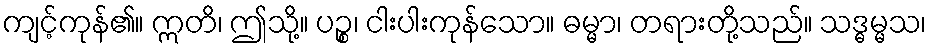
ကျင့်ကုန်၏။ ဣတိ၊ ဤသို့။ ပဉ္စ၊ ငါးပါးကုန်သော။ ဓမ္မာ၊ တရားတို့သည်။ သဒ္ဓမ္မသ၊